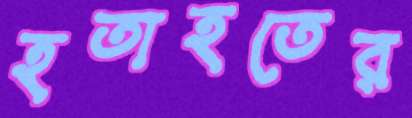
হতাহতের